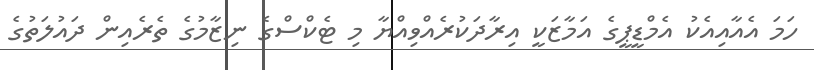
ހަމަ އެއާއިއެކު އެމްޑީޕީގެ އަމާޒަކީ އިރާދަކުރެއްވިއްޔާ މި ޓެކްސްގެ ނިޒާމުގެ ތެރެއިން ދައުލަތުގެ